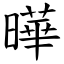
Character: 曄